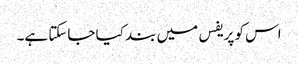
اس کو پریفس میں بند کیا جاسکتا ہے۔